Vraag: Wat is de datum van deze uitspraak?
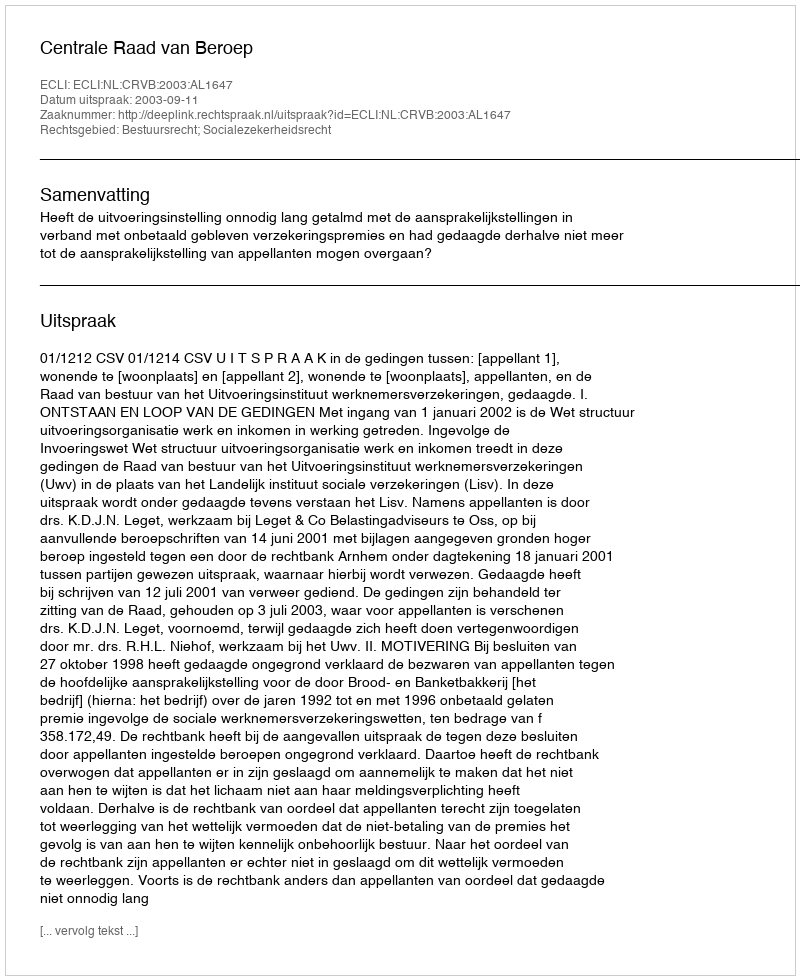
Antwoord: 2003-09-11